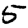
Digit: 5